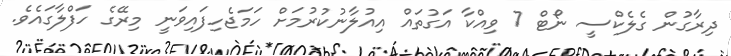
ދިރާގުން ގެލެކްސީ ނޯޓް 7 ވިއްކާ އަގުތައް އިއުލާނުކުރުމަށް ހަމަޖެހިފައިވަނީ މިރޭގެ ހަފްލާގައެވެ.